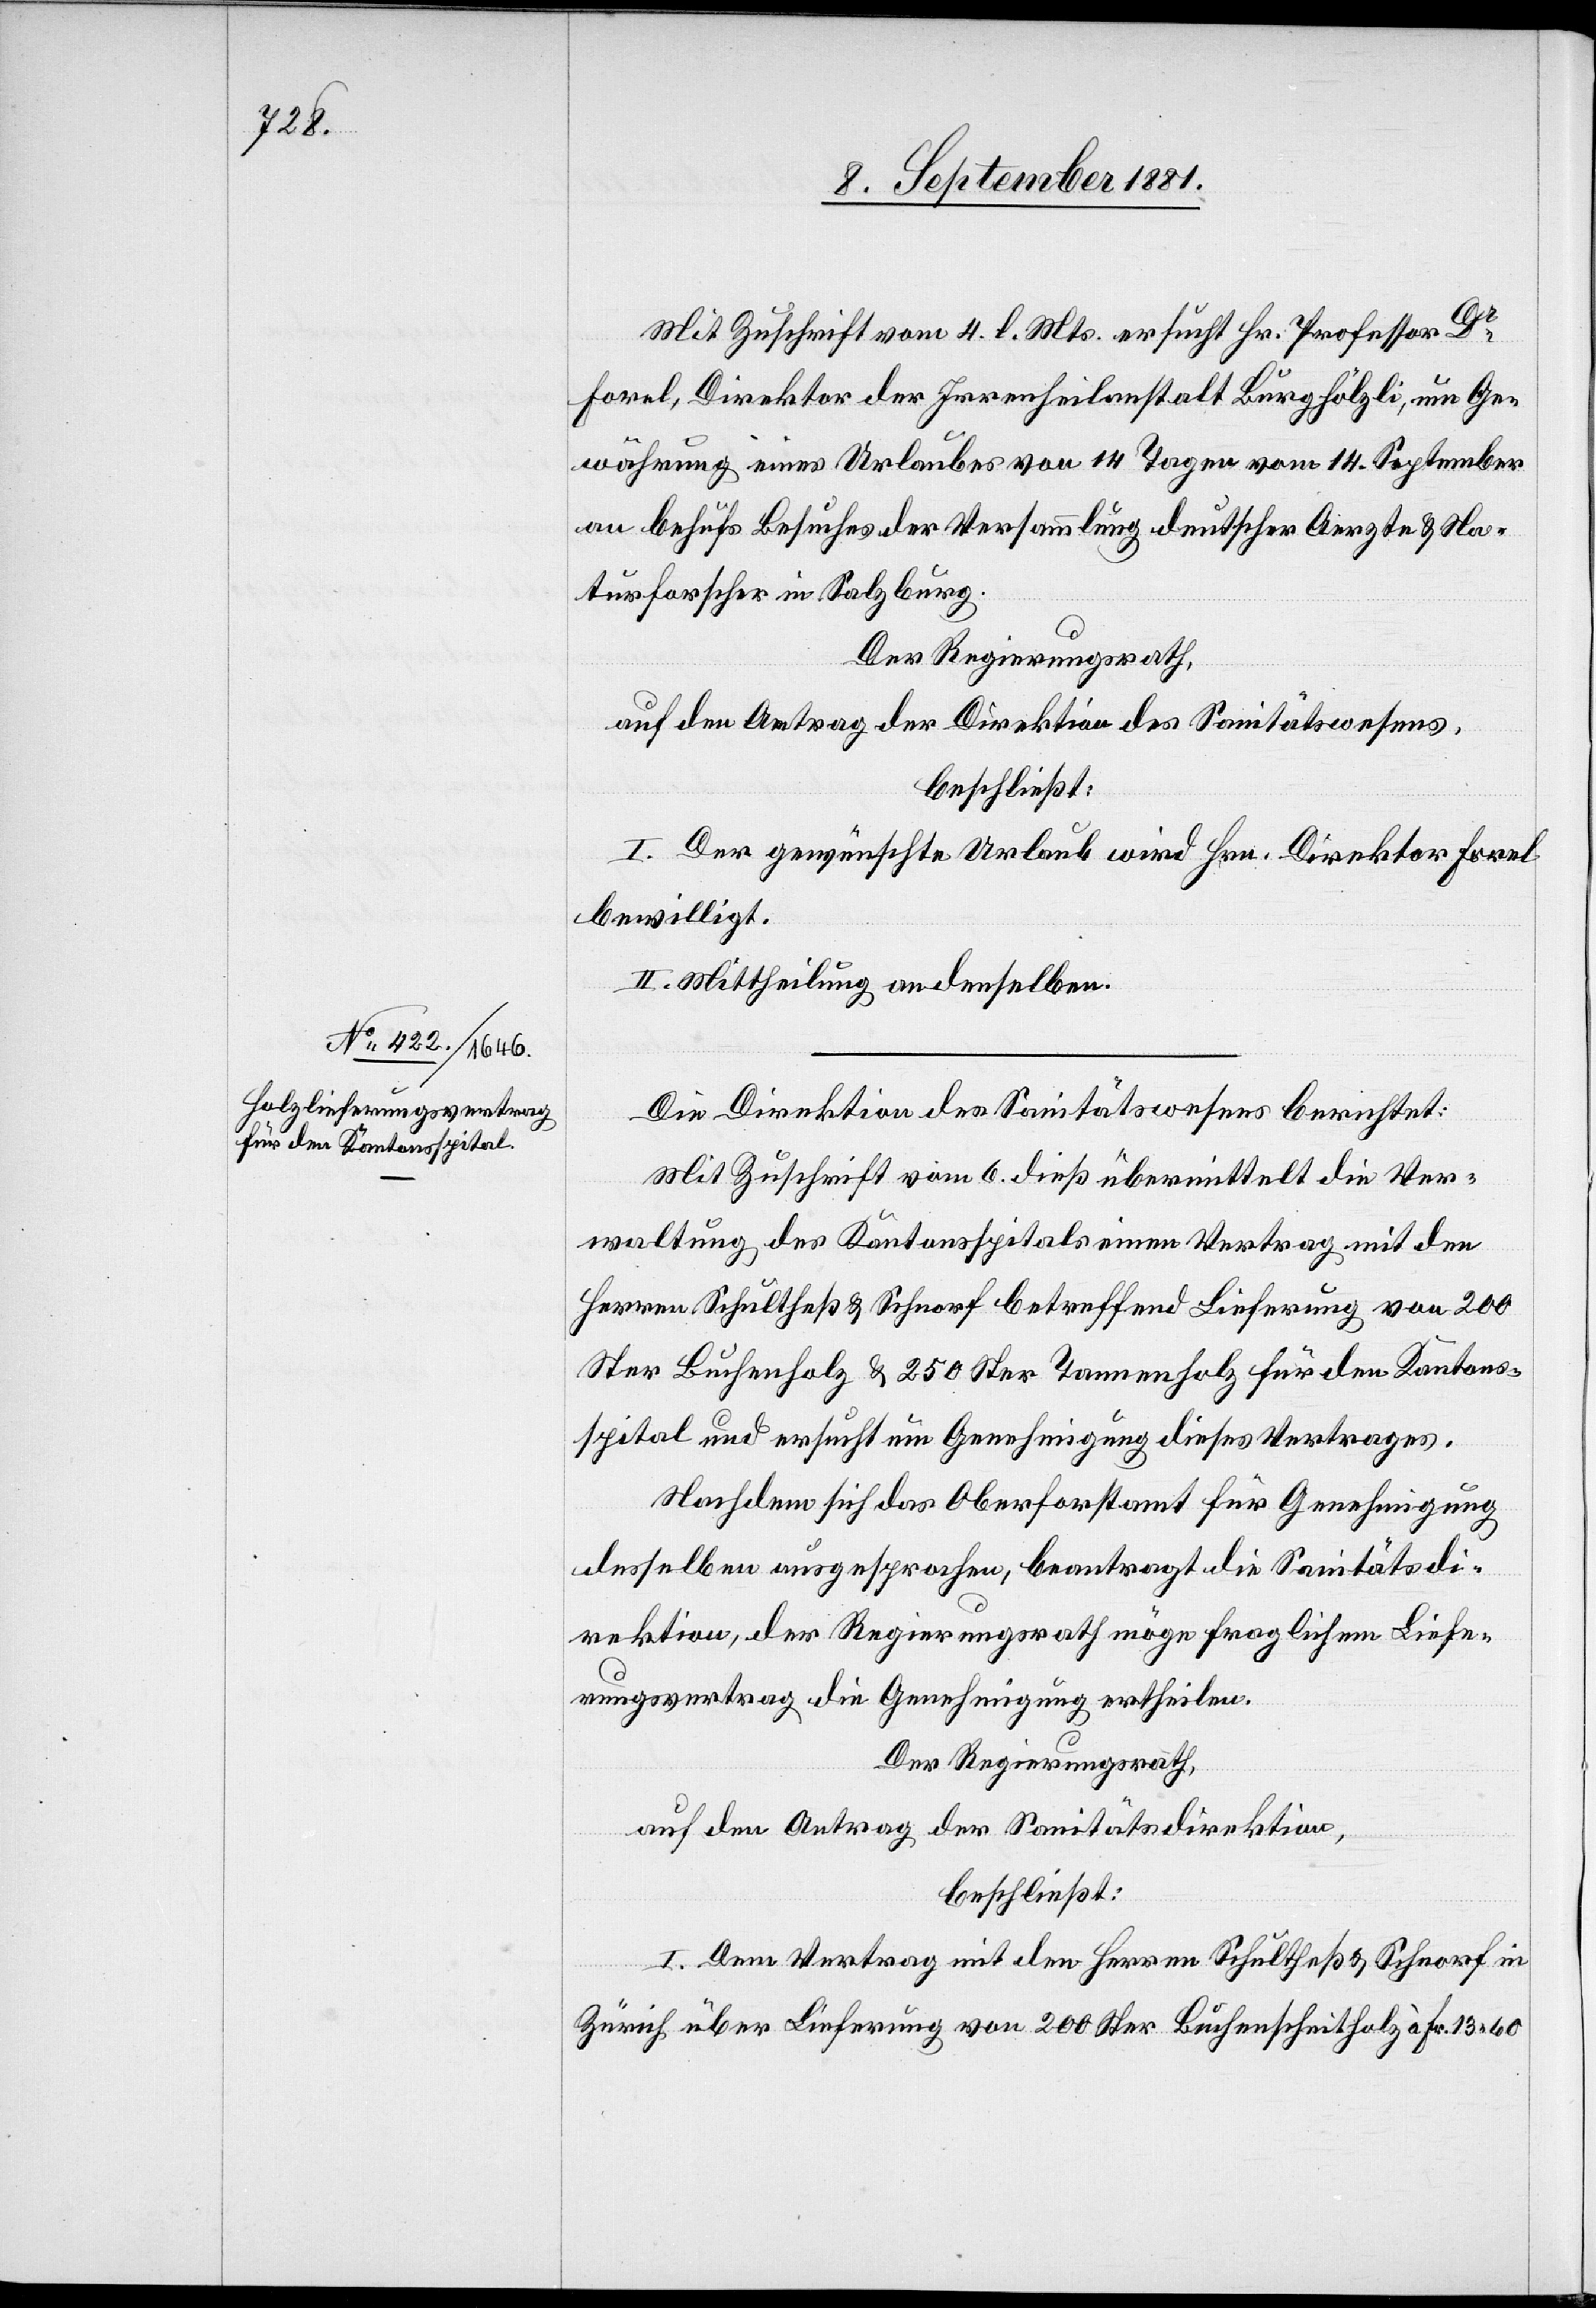
Mit Zuschrift vom 4. l. Mts. ersucht Hr. Professor Dr
Forel, Direktor der Irrenheilanstalt Burghölzli, um Ge¬
währung eines Urlaubes von 14 Tagen vom 14. September
an behufs Besuches der Versammlung deutscher Aerzte & Na¬
turforscher in Salzburg.
Der Regierungsrath,
auf den Antrag der Direktion des Sanitätswesens,
beschließt:
I. Der gewünschte Urlaub wird Hrn. Direktor Forel
bewilligt.
II. Mittheilung an denselben.
Die Direktion des Sanitätswesens berichtet:
Mit Zuschrift vom 6. dieß übermittelt die Ver¬
waltung des Kantonsspitals einen Vertrag mit den
Herren Schultheß & Schnorf betreffend Lieferung von 200
Ster Buchenholz & 250 Ster Tannenholz für den Kantons¬
spital und ersucht um Genehmigung dieses Vertrages.
nachdem sich das Oberforstamt für Genehmigung
desselben ausgesprochen, beantragt die Sanitätsdi¬
rektion, der Regierungsrath möge fraglichen Liefe¬
rungsvertrag die Genehmigung ertheilen.
Der Regierungsrath,
auf den Antrag der Sanitätsdirektion,
beschließt:
I. Dem Vertrag mit den Herren Schultheß & Schnorf in
Zürich über Lieferung von 200 Ster Buchenholz à Fr 13 60